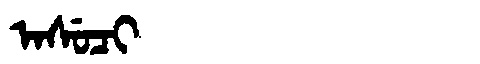
Manchu: ᠠᠰᡠᠴᡳ
Romanization: ASUCI